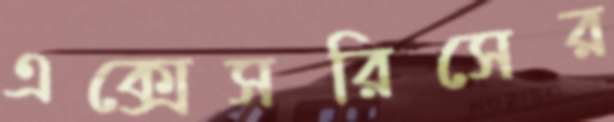
এক্সেসরিসের